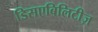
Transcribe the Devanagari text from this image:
डिसएबिलिटीज़